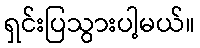
ရှင်းပြသွားပါ့မယ်။